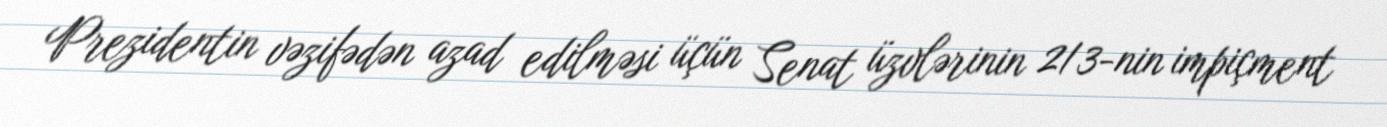
Prezidentin vəzifədən azad edilməsi üçün Senat üzvlərinin 2/3-nin impiçment